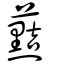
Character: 䕸